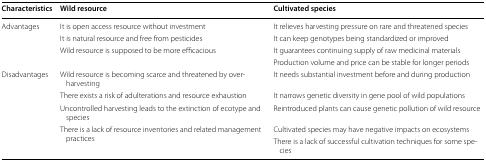
| Characteristics | Wild resource | Cultivated species |
 | --- | --- | --- |
 | <ROWSPAN=4> Advantages | It is open access resource without investment | It relieves harvesting pressure on rare and threatened species |
 | It is natural resource and free from pesticides | It can keep genotypes being standardized or improved |
 | <ROWSPAN=2> Wild resource is supposed to be more efficacious | It guarantees continuing supply of raw medicinal materials |
 | Production volume and price can be stable for longer periods |
 | <ROWSPAN=5> Disadvantages | Wild resource is becoming scarce and threatened by over-harvesting | It needs substantial investment before and during production |
 | There exists a risk of adulterations and resource exhaustion | It narrows genetic diversity in gene pool of wild populations |
 | Uncontrolled harvesting leads to the extinction of ecotype and species | Reintroduced plants can cause genetic pollution of wild resource |
 | <ROWSPAN=2> There is a lack of resource inventories and related management practices | Cultivated species may have negative impacts on ecosystems |
 | There is a lack of successful cultivation techniques for some species |